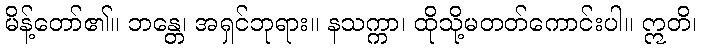
မိန့်တော်၏။ ဘန္တေ၊ အရှင်ဘုရား။ နသက္ကာ၊ ထိုသို့မတတ်ကောင်းပါ။ ဣတိ၊